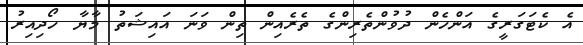
އެ ކެޓަގަރީގެ އަންހެން ދުވުންތެރިންގެ ތެރެއިން ތިން ވަނަ އައިޝަތު މާޔާ ހޯދިއިރު